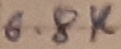
Text: 6.8K